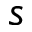
s